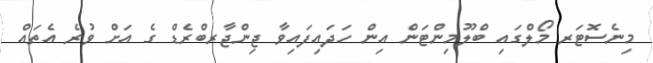
މިނެސޮޓަރ މޯލްގައި ބްލޫމިންޓަން އިން ހަދައިފައިވާ ޖިންޖާރބްރެޑް ގެ އަށް ވުރެ އެތައް